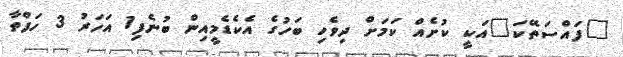
"ފައްސަތޭކަ"އަކީ ކުށެއް ކަމަށް ދިވެހި ބަހުގެ އެކެޑެމީއިން ބުނެފި1 އަހަރު 3 ހަފްތާ